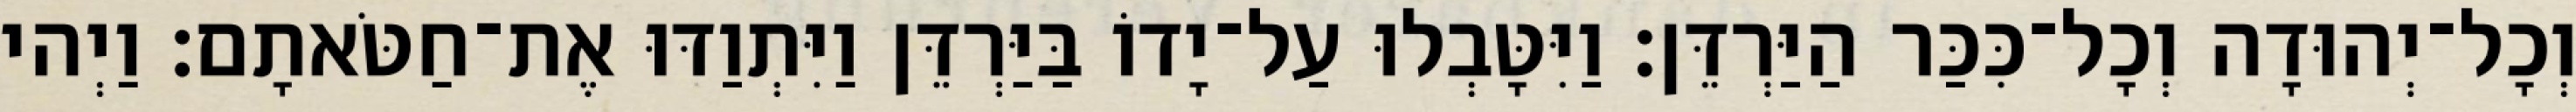
וְכָל־יְהוּדָה וְכָל־כִּכַּר הַיַּרְדֵּן׃ וַיִּטָּבְלוּ עַל־יָדוֹ בַּיַּרְדֵּן וַיִּתְוַדּוּ אֶת־חַטֹּאתָם׃ וַיְהי